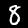
Label: 8